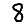
Digit: 8